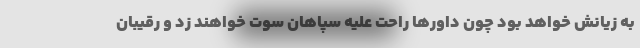
به زیانش خواهد بود چون داورها راحت علیه سپاهان سوت خواهند زد و رقیبان